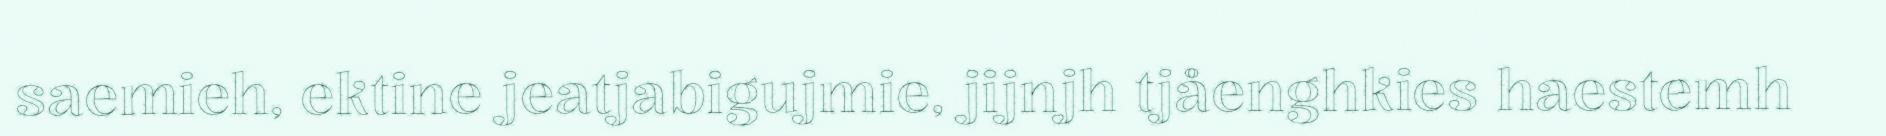
saemieh, ektine jeatjabigujmie, jijnjh tjåenghkies haestemh